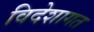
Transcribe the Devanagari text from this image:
विदेशागत